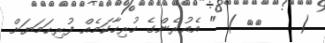
(    ٢٠ ) " އެއުރެންގެ ހުރިހާކަމެއް ފުރިހަމަޔަށް